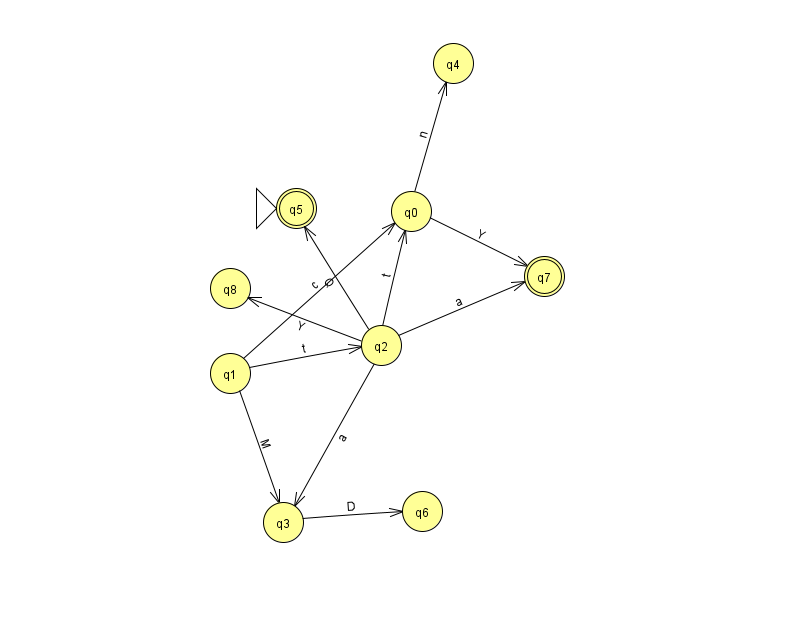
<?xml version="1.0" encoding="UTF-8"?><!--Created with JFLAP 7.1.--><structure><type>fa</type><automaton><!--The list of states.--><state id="0" name="q0"><x>411.0</x><y>198.0</y></state><state id="1" name="q1"><x>230.0</x><y>360.0</y></state><state id="2" name="q2"><x>381.0</x><y>332.0</y></state><state id="3" name="q3"><x>283.0</x><y>509.0</y></state><state id="4" name="q4"><x>453.0</x><y>50.0</y></state><state id="5" name="q5"><x>296.0</x><y>195.0</y><initial/><final/></state><state id="6" name="q6"><x>422.0</x><y>498.0</y></state><state id="7" name="q7"><x>544.0</x><y>263.0</y><final/></state><state id="8" name="q8"><x>230.0</x><y>275.0</y></state><!--The list of transitions.--><transition><from>1</from><to>0</to><read>c</read></transition><transition><from>2</from><to>5</to><read>Q</read></transition><transition><from>2</from><to>8</to><read>Y</read></transition><transition><from>2</from><to>7</to><read>a</read></transition><transition><from>1</from><to>2</to><read>t</read></transition><transition><from>2</from><to>0</to><read>t</read></transition><transition><from>0</from><to>4</to><read>n</read></transition><transition><from>1</from><to>3</to><read>M</read></transition><transition><from>3</from><to>6</to><read>D</read></transition><transition><from>0</from><to>7</to><read>Y</read></transition><transition><from>2</from><to>3</to><read>a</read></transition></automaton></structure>